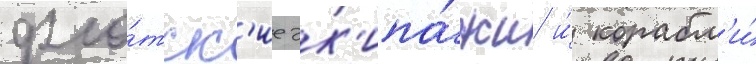
фло́тск'ие эк'ипа́жи и́ корабл'и́